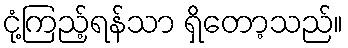
ငုံ့ကြည့်ရန်သာ ရှိတော့သည်။